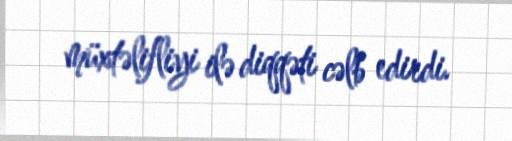
müxtəlifliyi ilə diqqəti cəlb edirdi.